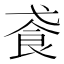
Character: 䬥